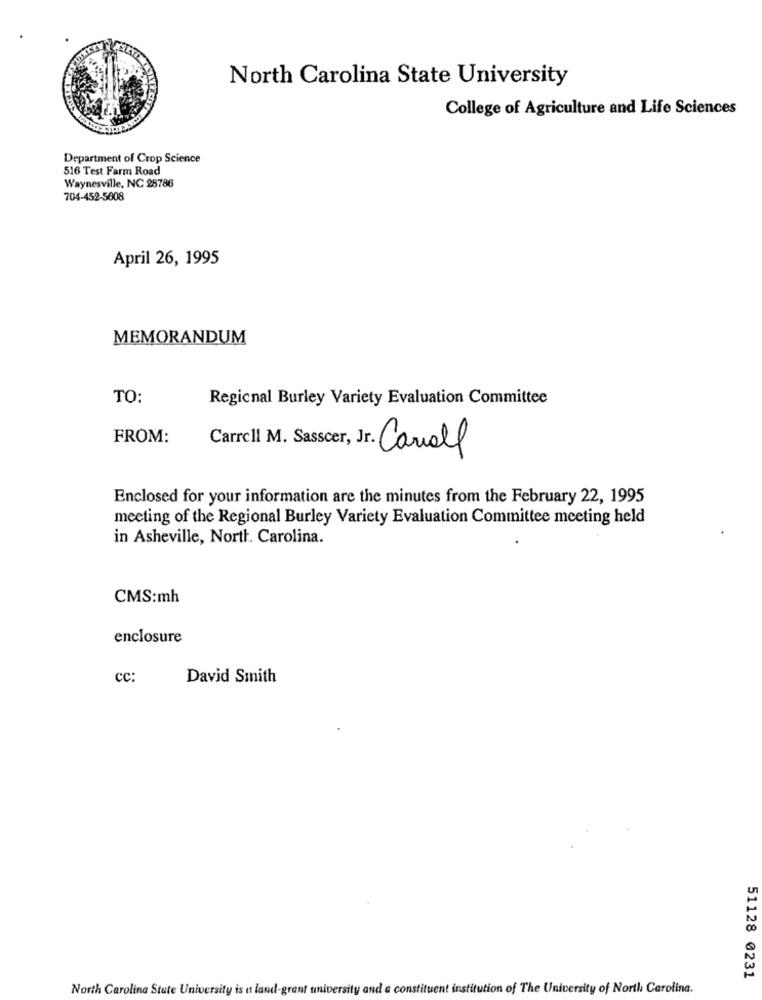
North Carolina State University
College of Agriculture and Life Sciences
Department of Crop Science
516 Test Farm Road
Waynesville, NC 28786
704-452-5808
April 26, 1995
MEMORANDUM
TO:
Regional Burley Variety Evaluation Committee
FROM:
Carrell M. Sasscer, Jr. Carroll
Enclosed for your information are the minutes from the February 22, 1995
meeting of the Regional Burley Variety Evaluation Committee meeting held
in Asheville, North. Carolina.
CMS:mh
enclosure
cc:
David Smith
51128 0231
North Carolina State University is et land-grant university and a constituent institution of The University of North Carolina.